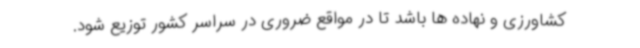
کشاورزی و نهاده ها باشد تا در مواقع ضروری در سراسر کشور توزیع شود.